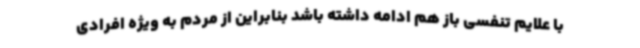
با علایم تنفسی باز هم ادامه داشته باشد بنابراین از مردم به ویژه افرادی